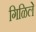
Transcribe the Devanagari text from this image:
गिळिले